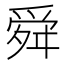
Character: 舜